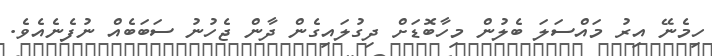
ހިމެނޭ އިރު މައްސަލަ ބެލުން މިިހާބޮޑަށް ދިގުލައިގެން ދާން ޖެހުނު ސަބަބެއް ނުފެނެއެވެ.